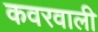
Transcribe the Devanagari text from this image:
कवरवाली